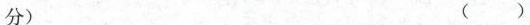
分) ()